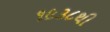
૧૯૩૮થી